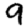
Digit: 9